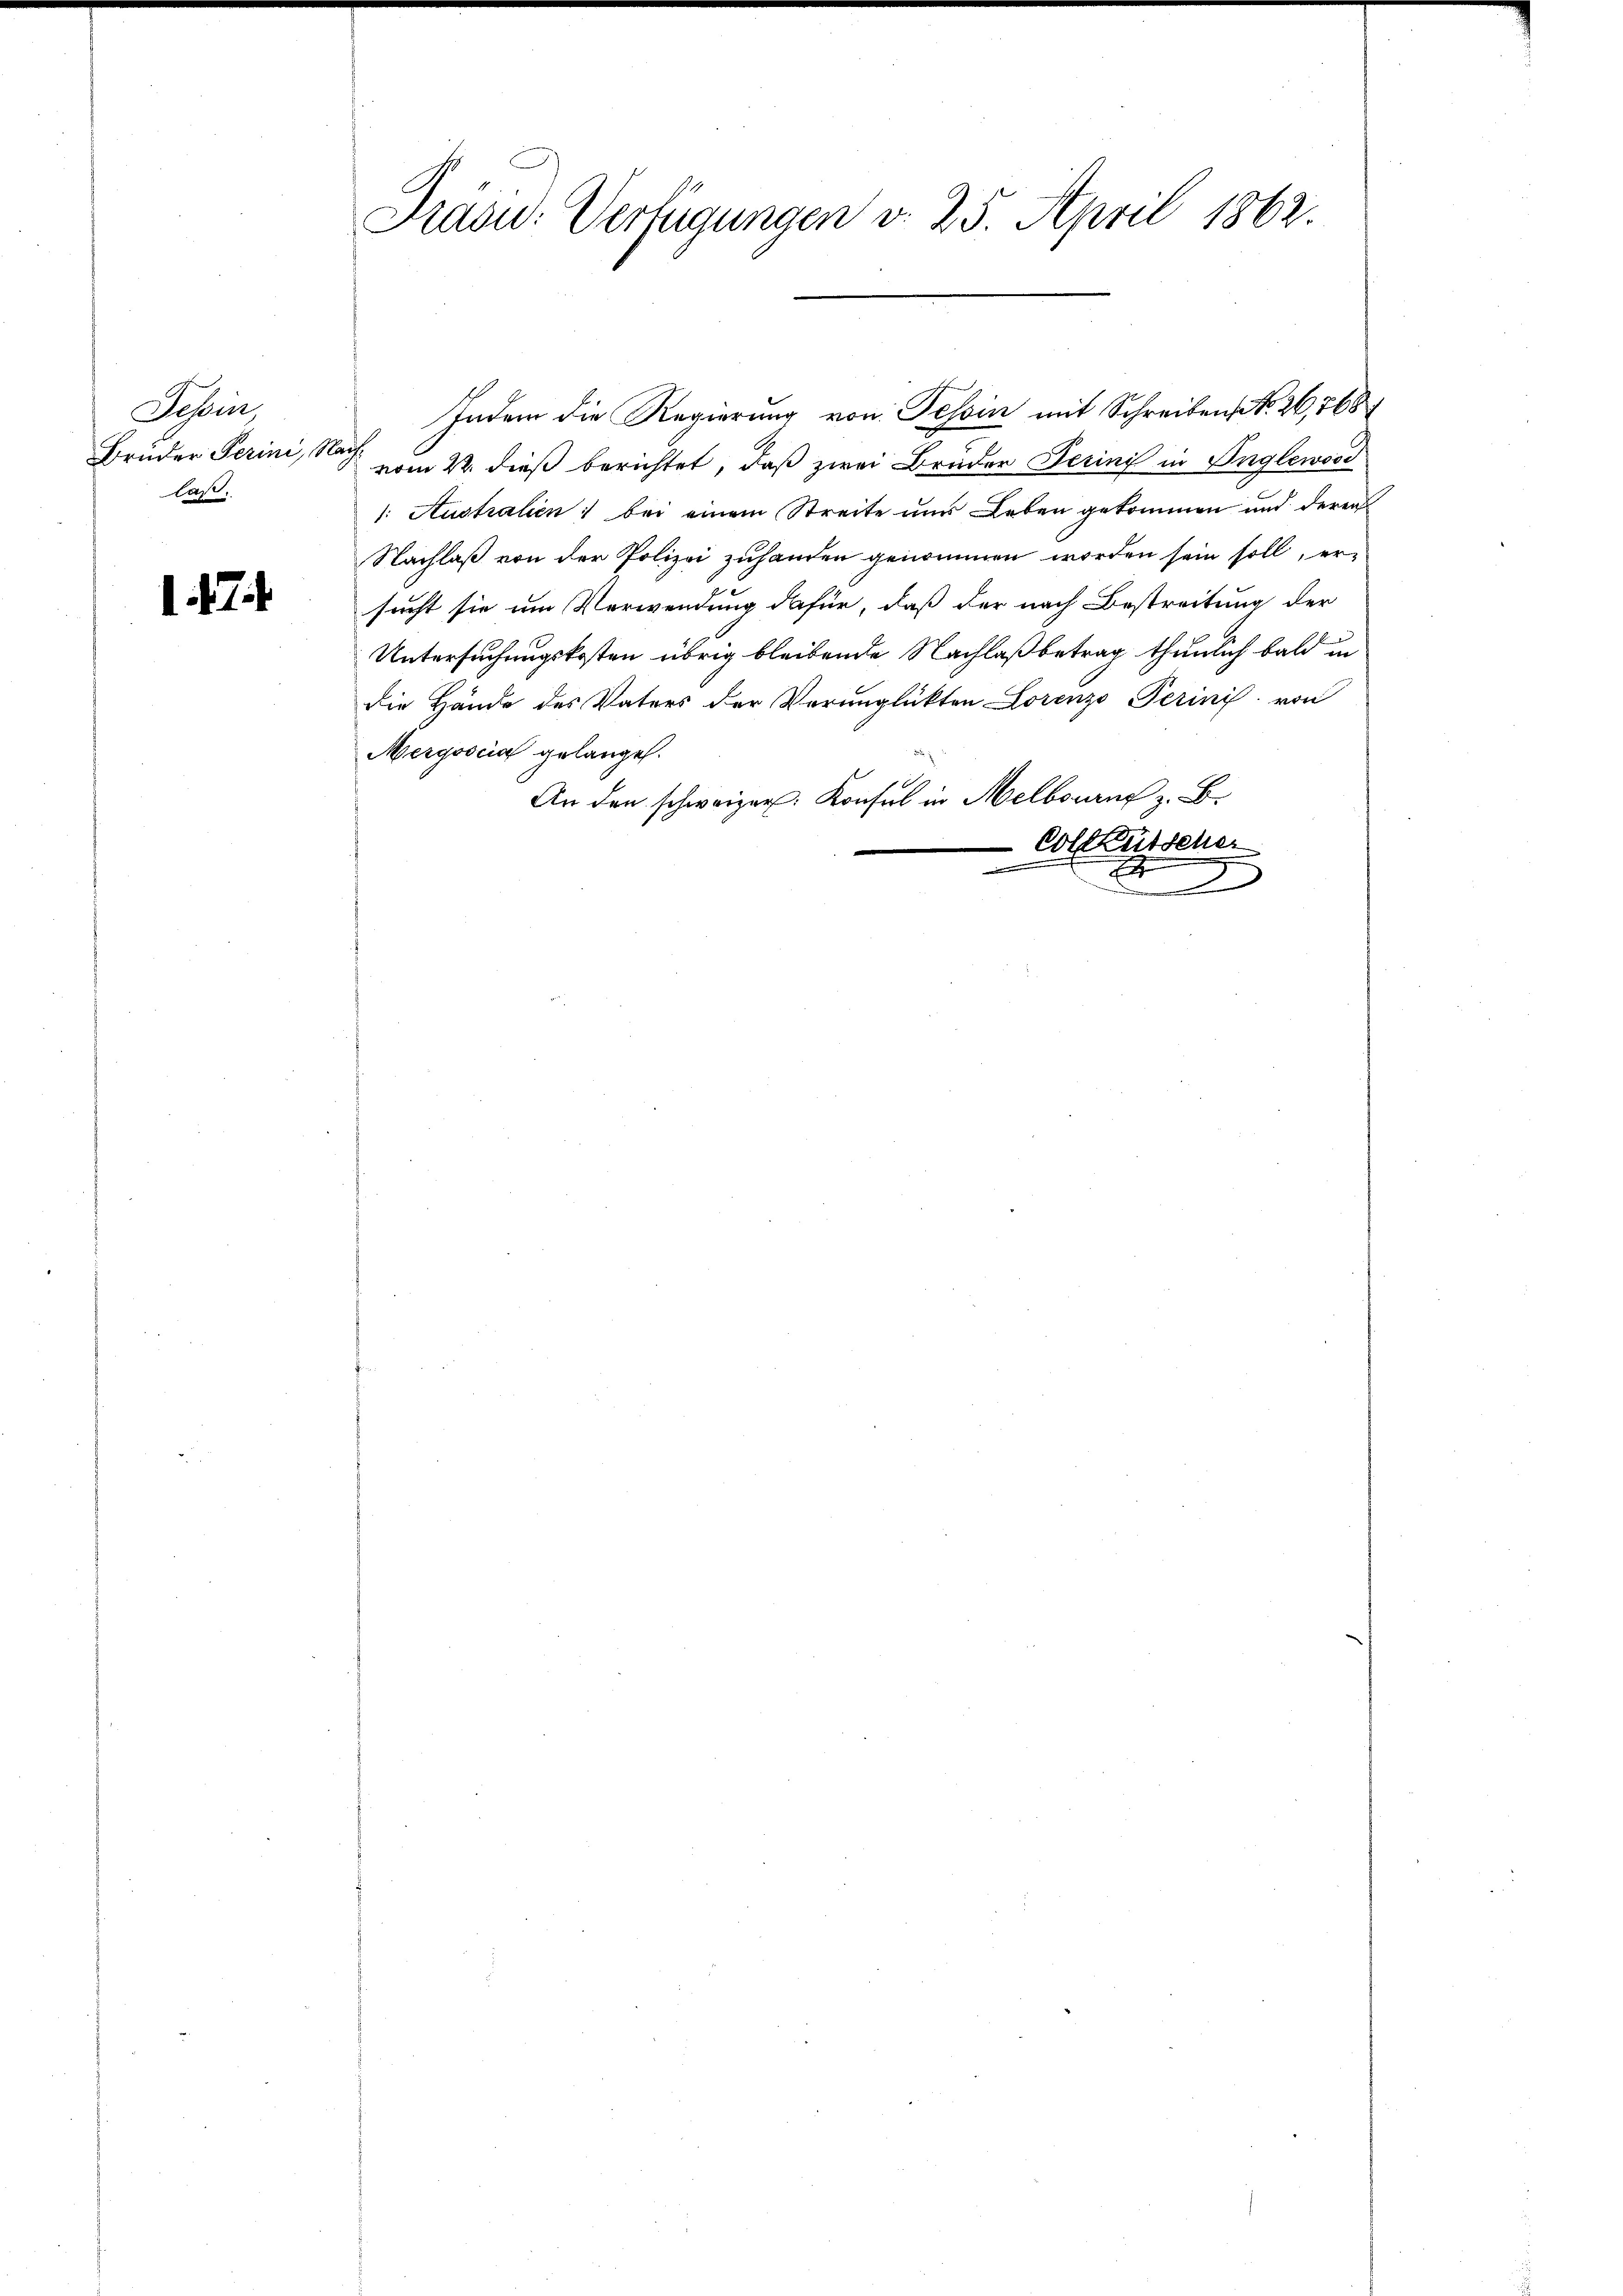
Schi
Brüder Perini, Nac
last,

1474

1
Srasu. Verfügungen v. 25. April 1862.
25

Indem die Regierung von Tessin mit Schreiben No. 26,768
vom 22. dieß berichtet, daß zwei Brüder Perini in Inglewood
1: Australien bei einem Streite uns Leben gekommen und deren
Nachlaß von der Polizei zuhanden genommen worden sein soll, ersucht sie um Verwendung dafür, daß der nach Bestreitung der
Untersuchungskosten übrig bleibende Nachlaß betrag thunlich bald in
die Hände des Vaters der Verunglückten Lorenzo Perinis von
Mergoscia gelange.
An den schweizer Konsul in Melbourns z. B.
Coleütscher
e
F